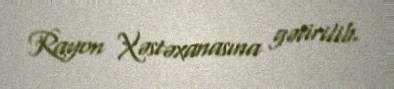
Rayon Xəstəxanasına gətirilib.